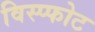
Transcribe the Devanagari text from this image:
विस्प्फोट